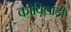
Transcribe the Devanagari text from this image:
कोयिलांडी